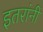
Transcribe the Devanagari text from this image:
इतरांनीं